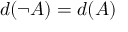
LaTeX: d ( \neg { A } ) = d ( A )